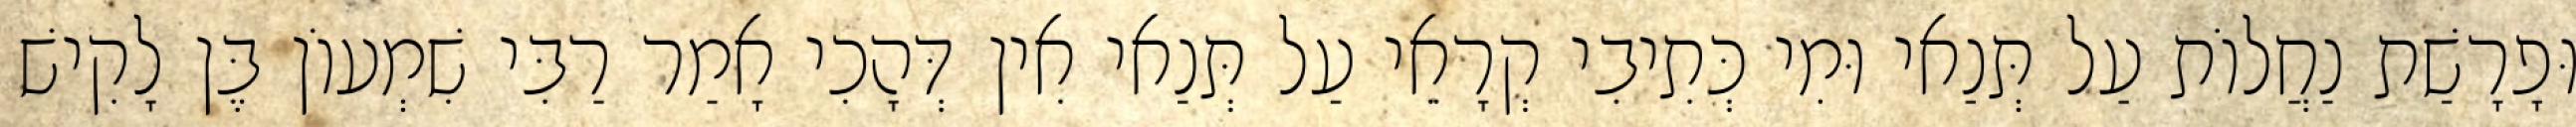
וּפָרָשַׁת נַחֲלוֹת עַל תְּנַאי וּמִי כְּתִיבִי קְרָאֵי עַל תְּנַאי אִין דְּהָכִי אָמַר רַבִּי שִׁמְעוֹן בֶּן לָקִישׁ